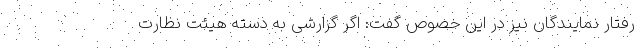
رفتار نمایندگان نیز در این خصوص گفت: اگر گزارشی به دسته هیئت نظارت